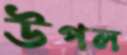
উপল